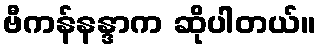
ဗီကန်နန္ဒာက ဆိုပါတယ်။